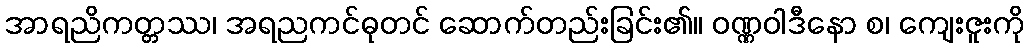
အာရညိကတ္တဿ၊ အရညကင်ဓုတင် ဆောက်တည်းခြင်း၏။ ဝဏ္ဏဝါဒီနော စ၊ ကျေးဇူးကို